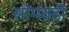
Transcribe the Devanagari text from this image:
सोमवडी